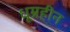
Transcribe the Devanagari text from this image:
धूम्रहीन